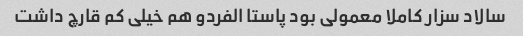
سالاد سزار کاملا معمولی بود پاستا الفردو هم خیلی کم قارچ داشت